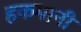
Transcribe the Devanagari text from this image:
हकमानी